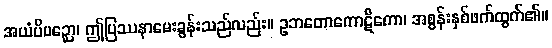
အယံပိပဉှော၊ ဤပြဿနာမေးခွန်းသည်လည်း။ ဥဘတောကောဋိကော၊ အစွန်းနှစ်ဖက်ထွက်၏။